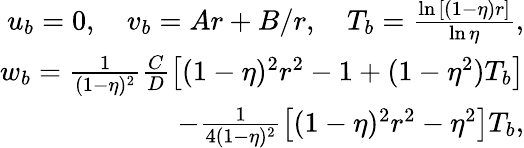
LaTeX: \begin{array}{r}{u_{b}=0,\quad v_{b}=Ar+B/r,\quad T_{b}=\frac{\ln{\left[(1-\eta)r\right]}}{\ln{\eta}},}\\ {w_{b}=\frac{1}{(1-\eta)^{2}}\frac{C}{D}\left[(1-\eta)^{2}r^{2}-1+(1-\eta^{2})T_{b}\right]}\\ {-\frac{1}{4(1-\eta)^{2}}\left[(1-\eta)^{2}r^{2}-\eta^{2}\right]T_{b},}\end{array}